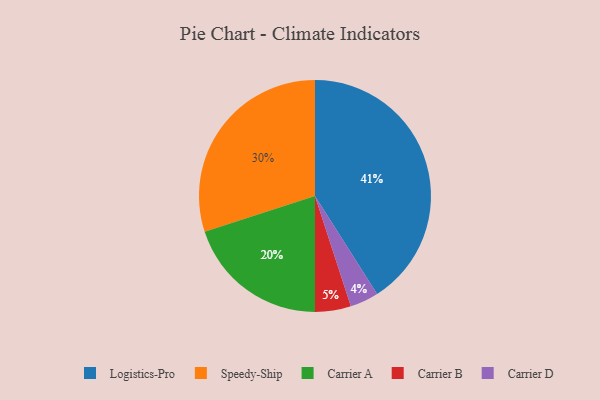
{"axis": {"x": "Category", "y": "Percentage"}, "legend": ["Carrier A", "Carrier B", "Carrier D", "Logistics-Pro", "Speedy-Ship"], "data": [{"x": "Speedy-Ship", "y": 30, "type": "Speedy-Ship"}, {"x": "Carrier B", "y": 5, "type": "Carrier B"}, {"x": "Carrier A", "y": 20, "type": "Carrier A"}, {"x": "Carrier D", "y": 4, "type": "Carrier D"}, {"x": "Logistics-Pro", "y": 41, "type": "Logistics-Pro"}]}